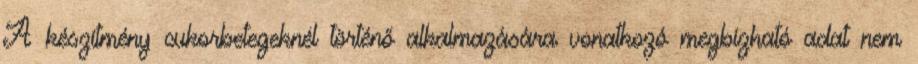
A készítmény cukorbetegeknél történő alkalmazására vonatkozó megbízható adat nem